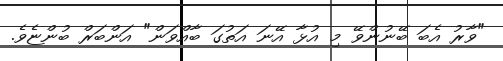
"ވާރު އެބަ ބޭނުންވޭ މި އުޅާ އޭނަ އަތުގަ ބާއްވަން" އަންބަރް ބުންޏެވެ.